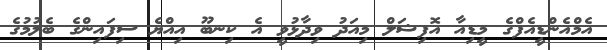
އެމްއެންޑީއެފްގެ މީޑިއާ އޮފިޝަލް މިއަދު ވިދާޅުވީ އެ ކިނބޫ އިއްޔެ ސިފައިންގެ ބެލުމުގެ